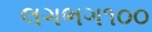
લગભગ૧૦૦